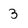
Character: 3